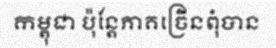
កម្ពុជា ប៉ុន្តែភាគច្រើនពុំបាន